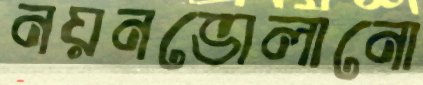
নয়নভোলানো